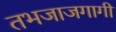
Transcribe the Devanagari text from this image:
तभजाजगागी